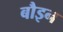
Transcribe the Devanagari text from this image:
बौइन